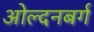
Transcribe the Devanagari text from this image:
ओल्दनबर्ग